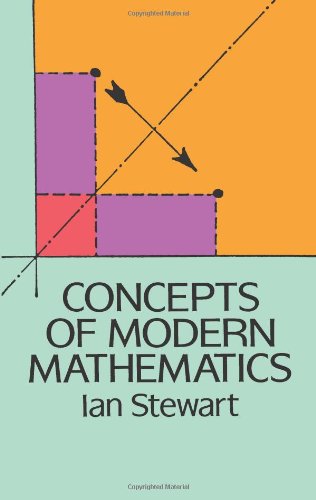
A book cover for Concepts of Modern Mathematics (Dover Books on Mathematics); Ian Stewart; Science & Math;